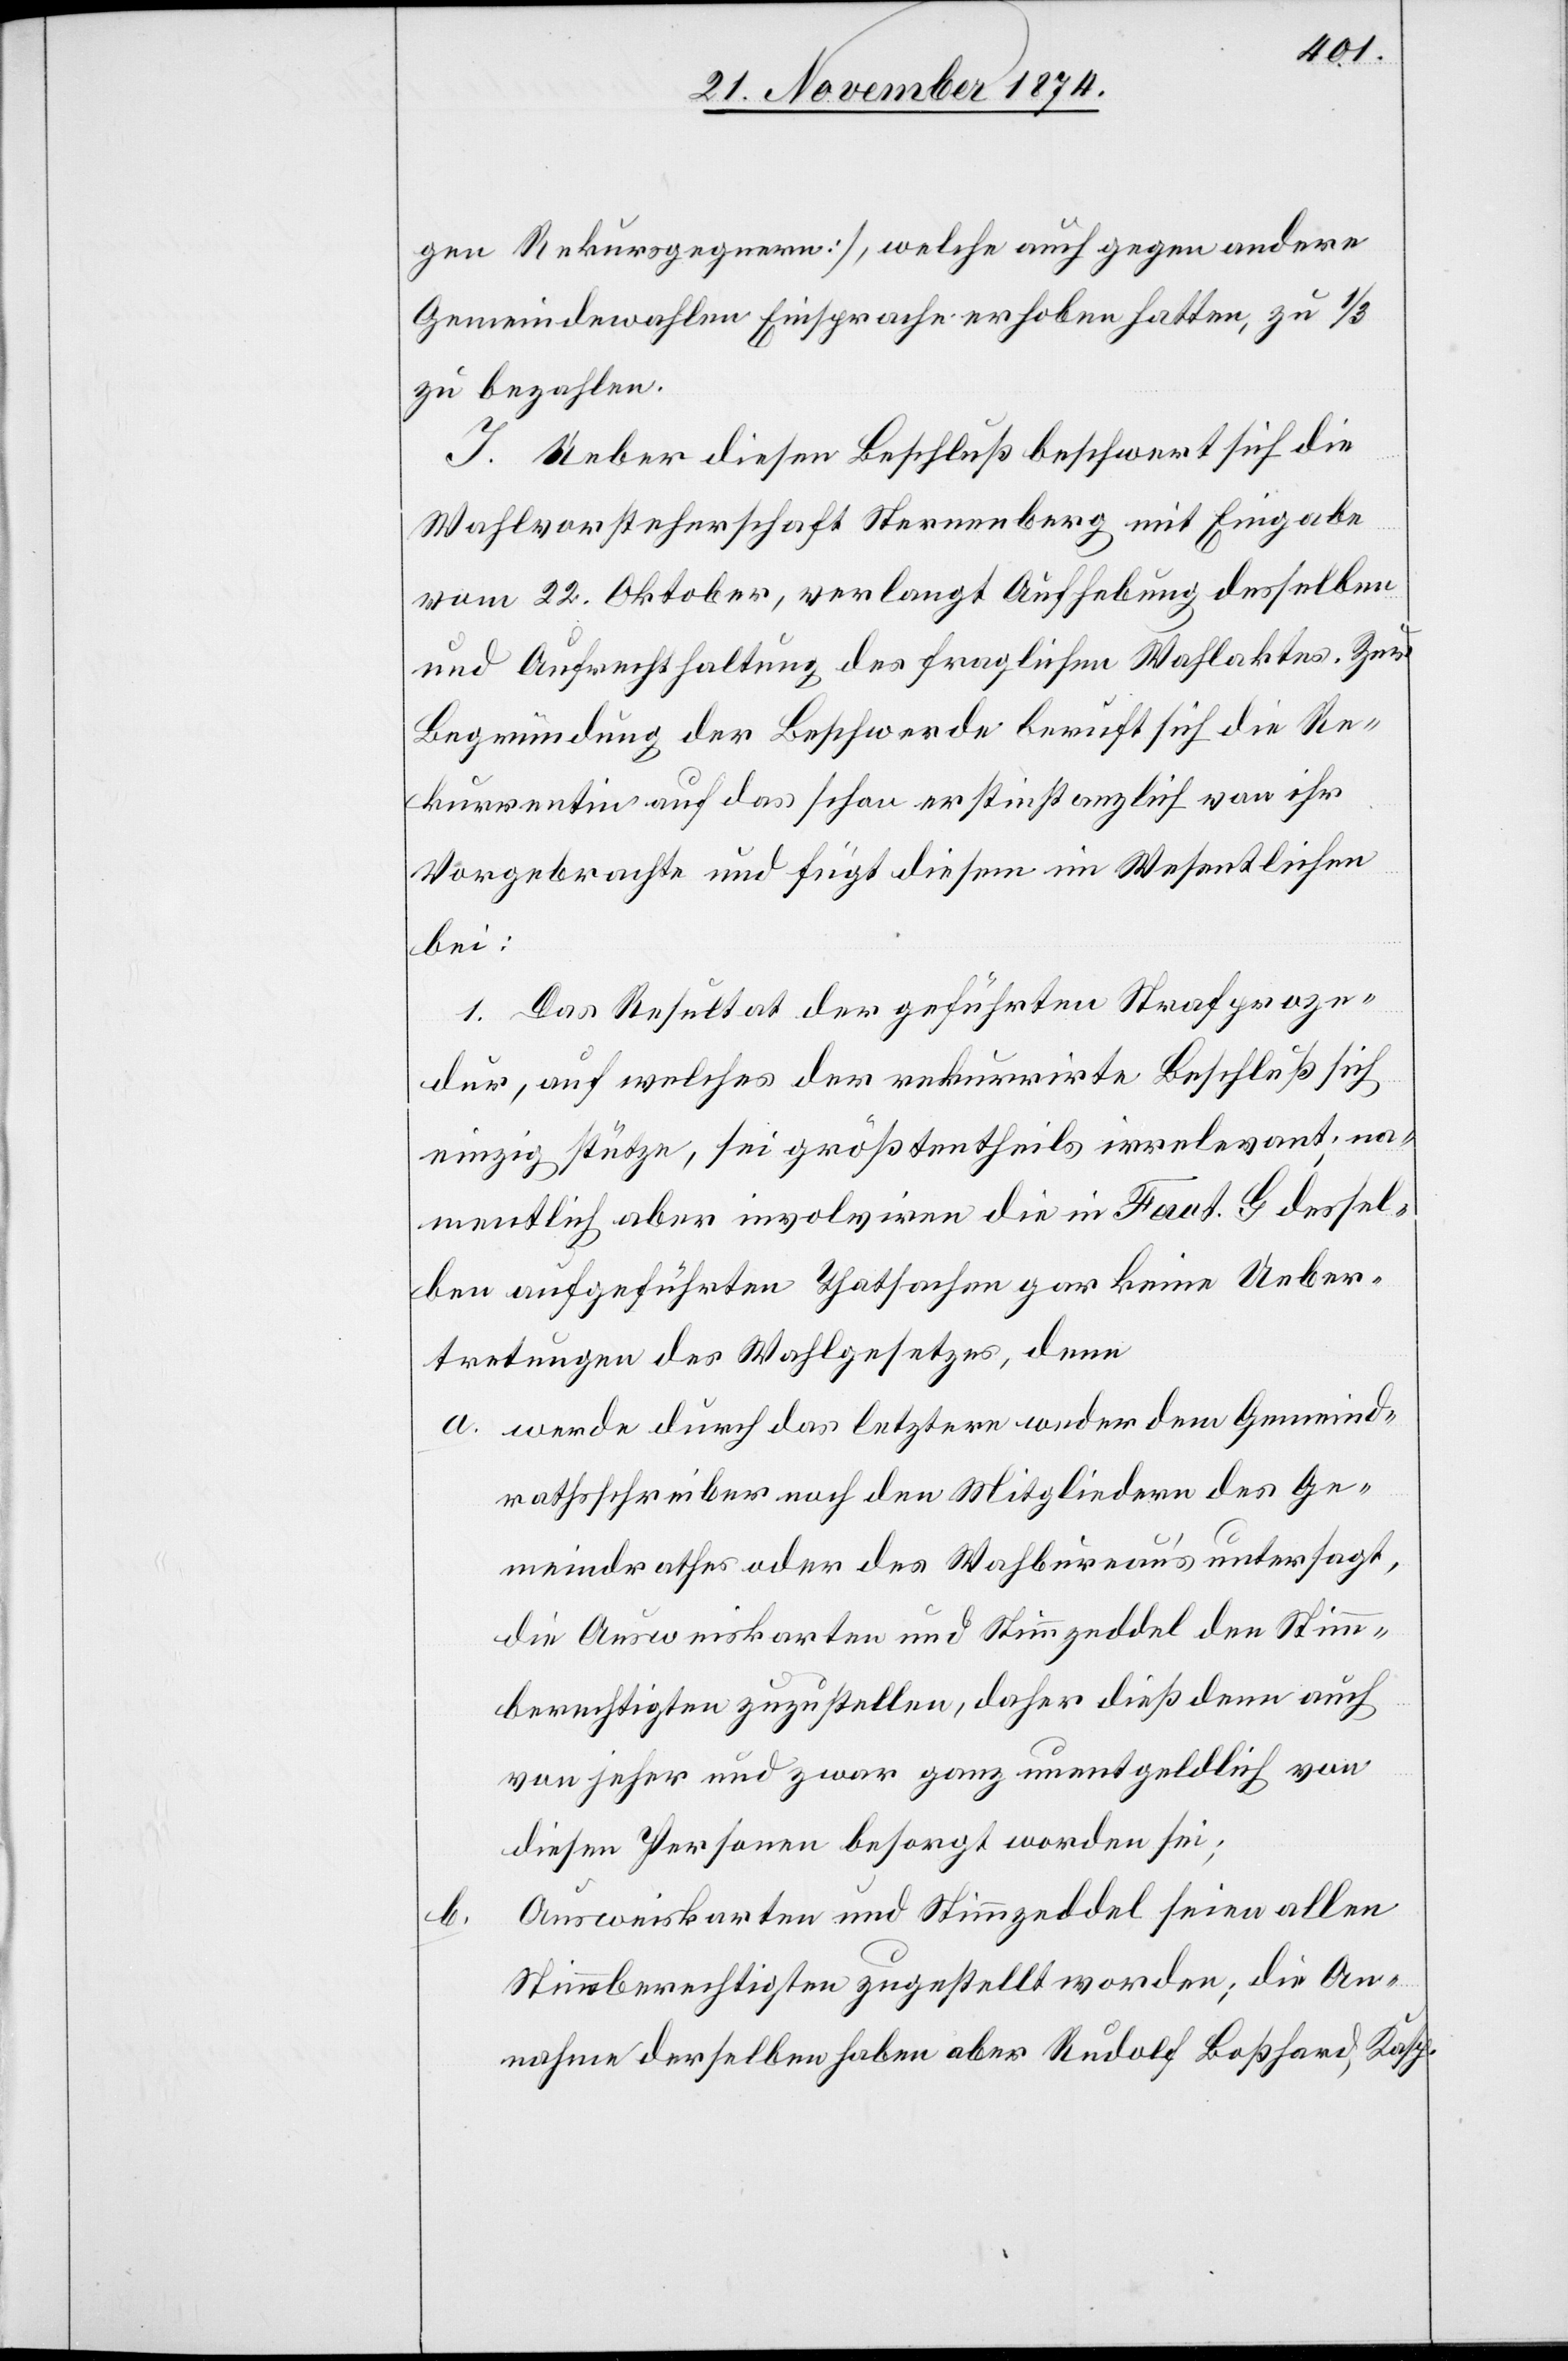
gen Rekursgegnern], welche auch gegen andere
Gemeindewahlen Einsprache erhoben hatten, zu 1/3
zu bezahlen.
J. Ueber diesen Beschluß beschwert sich die
Wahlvorsteherschaft Sternenberg mit Eingabe
vom 22. Oktober, verlangt Aufhebung desselben
und Aufrechthaltung des fraglichen Wahlaktes. Zur
Begründung der Beschwerde beruft sich die Re¬
kurrentin auf das schon erstinstanzlich von ihr
Vorgebrachte und fügt diesem im Wesentlichen
bei:
1. Das Resultat der geführten Strafproze¬
dur, auf welches der rekurrirte Beschluß sich
einzig stütze, sei größtentheils irrelevant; na¬
mentlich aber involviren die in Fact. G dessel¬
ben aufgeführten Thatsachen gar keine Ueber¬
tretungen des Wahlgesetzes, denn
a. werde durch das letztere weder dem Gemeind¬
rathsschreiber noch den Mitgliedern des Ge¬
meindrathes oder des Wahlbureau’s untersagt,
die Ausweiskarten und Stimmzeddel den Stimm¬
berechtigten zuzustellen, daher dieß denn auch
von jeher und zwar ganz unentgeldlich von
diesen Personen besorgt worden sei;
Ausweiskarten und Stimmzeddel seien allen
Stimmberechtigten zugestellt worden; die An¬
nahme derselben haben aber Rudolf Boßhard, Kasp.